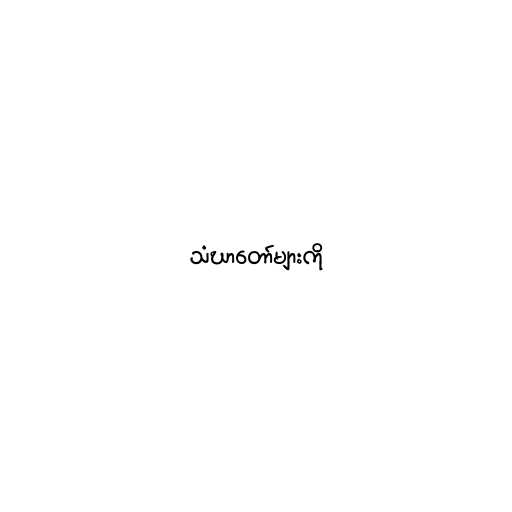
သံဃာတော်များကို